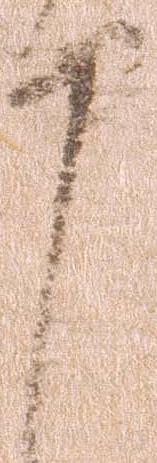
申